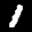
Label: 1